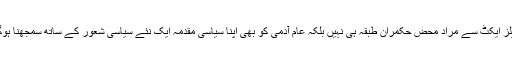
پیپلز ایکٹ سے مراد محض حکمران طبقہ ہی نہیں بلکہ عام آدمی کو بھی اپنا سیاسی مقدمہ ایک نئے سیاسی شعور کے ساتھ سمجھنا ہوگا۔